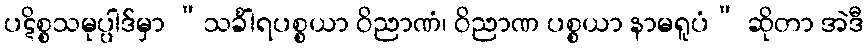
ပဋိစ္စသမုပ္ပါဒ်မှာ “သင်္ခါရပစ္စယာ ဝိညာဏံ၊ ဝိညာဏ ပစ္စယာ နာမရူပံ” ဆိုတာ အဲဒီ